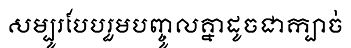
សម្បូរបែបរួមបញ្ចូលគ្នាដូចជាក្បាច់